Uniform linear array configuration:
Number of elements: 16
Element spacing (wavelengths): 0.75
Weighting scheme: binomial
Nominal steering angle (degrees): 0
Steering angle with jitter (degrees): -1.668
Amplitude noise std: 0.05
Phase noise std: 0.05

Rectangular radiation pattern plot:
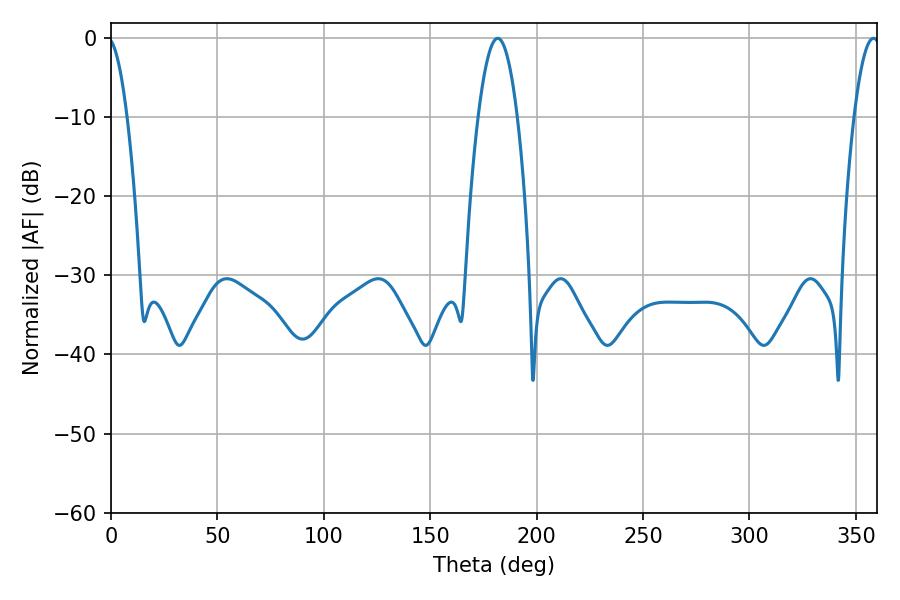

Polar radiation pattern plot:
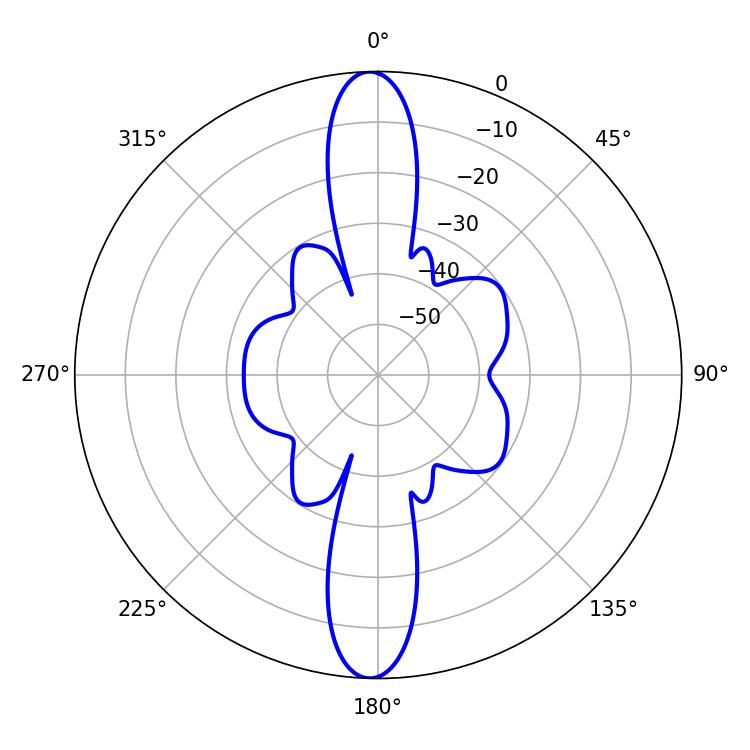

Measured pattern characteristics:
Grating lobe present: TRUE
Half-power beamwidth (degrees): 6.66
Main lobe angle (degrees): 358.38